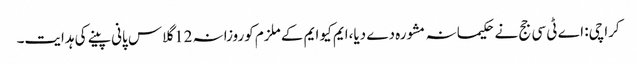
کراچی: اے ٹی سی جج نے حکیمانہ مشورہ دے دیا،ایم کیو ایم کے ملزم کوروزانہ 12 گلاس پانی پینے کی ہدایت۔